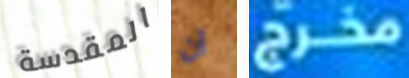
المقدسة ان مخرج